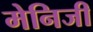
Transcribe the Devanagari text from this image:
मेनिजी